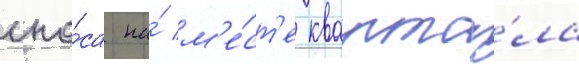
сно́са на́ м'е́ст'е кварта́ла